Annual report on the working of the lock hospitals in the Central Provinces
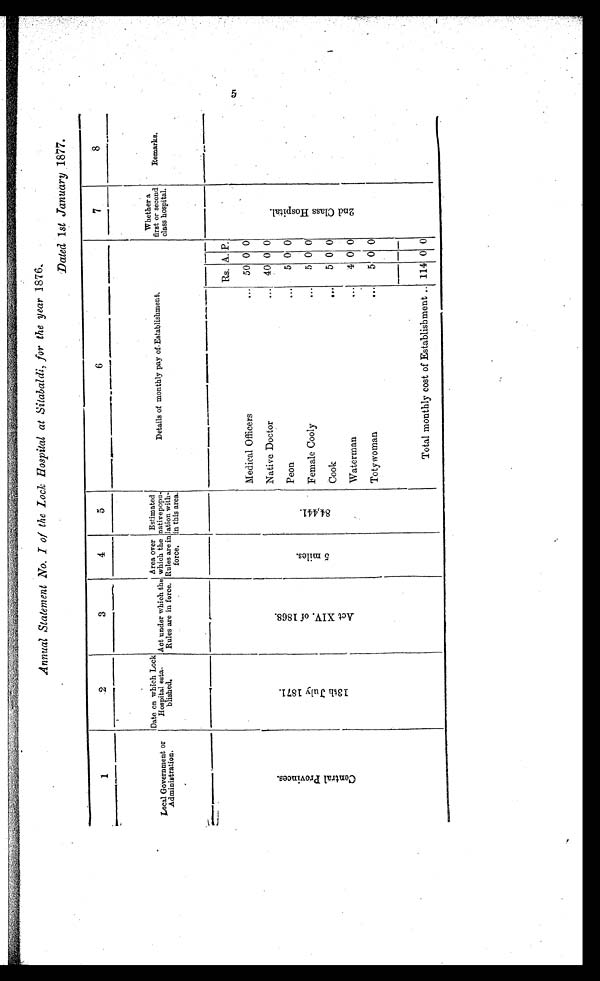
5
Annual Statement No. I of the Lock Hospital at Sitabaldi, for the year 1876.
Dated 1st January 1877.
1
2
3
4
5
6
7
8
Local Government or
Administration.
Date on which Lock
I
Hospital esta.
blished.
Act under which the
Rules are in force.
Area over
which the
Rules are in
force.
Estimated
nativepopu
- l a t i o n w i t h
- i n t h i s a r e a .
Details of monthly pay of.Establishment .
Whether a
first or second
class hospital.
Remarks.
C e n t r a l P r o v i n e e s .
1 3 t h J u l y 1 8 7 1 .
A c t X I V . o f 1 8 6 8 .
5 M i l e s .
8 4 , 4 4 1 .
Rs. A. P.
2 n d C l a s s H o s p i t a l .
Medical Officers
...
50 0 0
Native Doctor
... 40 0 0
Peon
. . .
5 0 0
Female Cooly
...
5 0 0
Cook
...
5 0 0
Waterman
...
4 0 0
Toty woman
...
5 0 0
Total monthly cost of Establishment .. 114 0 0